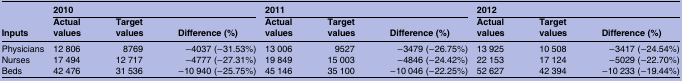
<table><thead><tr><td></td><td colspan="3"><b>2010</b></td><td colspan="3"><b>2011</b></td><td colspan="3"><b>2012</b></td></tr><tr><td><b>Inputs</b></td><td><b>Actual values</b></td><td><b>Target values</b></td><td><b>Difference (%)</b></td><td><b>Actual values</b></td><td><b>Target values</b></td><td><b>Difference (%)</b></td><td><b>Actual values</b></td><td><b>Target values</b></td><td><b>Difference (%)</b></td></tr></thead><tbody><tr><td>Physicians</td><td>12 806</td><td>8769</td><td>−4037 (−31.53%)</td><td>13 006</td><td>9527</td><td>−3479 (−26.75%)</td><td>13 925</td><td>10 508</td><td>−3417 (−24.54%)</td></tr><tr><td>Nurses</td><td>17 494</td><td>12 717</td><td>−4777 (−27.31%)</td><td>19 849</td><td>15 003</td><td>−4846 (−24.42%)</td><td>22 153</td><td>17 124</td><td>−5029 (−22.70%)</td></tr><tr><td>Beds</td><td>42 476</td><td>31 536</td><td>−10 940 (−25.75%)</td><td>45 146</td><td>35 100</td><td>−10 046 (−22.25%)</td><td>52 627</td><td>42 394</td><td>−10 233 (−19.44%)</td></tr></tbody></table>